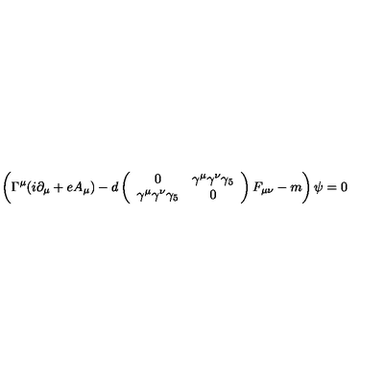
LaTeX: \left( \Gamma ^ { \mu } ( i \partial _ { \mu } + e A _ { \mu } ) - d \left( \begin{array} { c c } { 0 } & { \gamma ^ { \mu } \gamma ^ { \nu } \gamma _ { 5 } } \\ { \gamma ^ { \mu } \gamma ^ { \nu } \gamma _ { 5 } } & { 0 } \\ \end{array} \right) F _ { \mu \nu } - m \right) \psi = 0